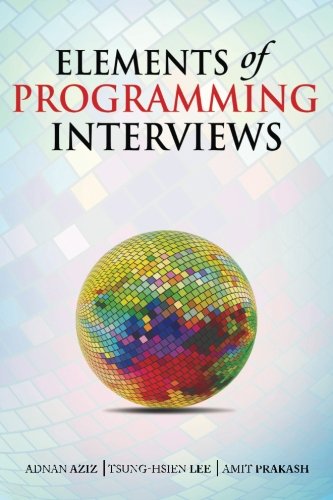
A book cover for Elements of Programming Interviews: The Insiders' Guide; Adnan Aziz; Education & Teaching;